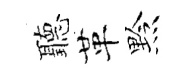
聽革黔